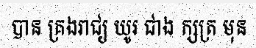
បាន គ្រងរាជ្យ យូរ ជាង ក្សត្រ មុន